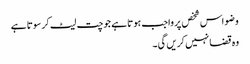
وضو اس شخص پر واجب ہوتا ہے جو چت لیٹ کر سوتا ہے
وہ قضا نہیں کریں گی۔